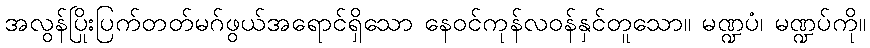
အလွန်ပြိုးပြက်တတ်မဂ်ဖွယ်အရောင်ရှိသော နေဝင်ကုန်လဝန်နှင်တူသော။ မဏ္ဍပံ၊ မဏ္ဍပ်ကို။